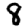
Digit: 8